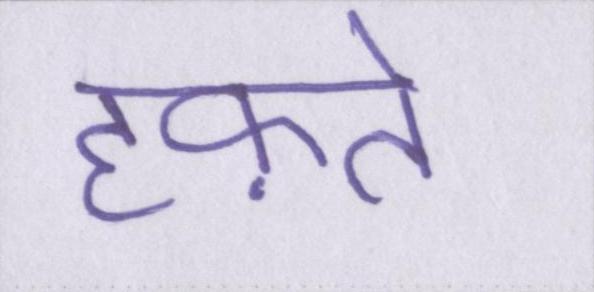
हफ़्ते